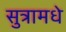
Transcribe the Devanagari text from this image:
सुत्रामधे